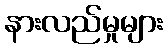
နားလည်မှုများ